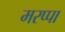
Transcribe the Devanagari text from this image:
मरप्पा